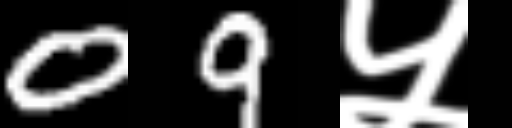
Text: 09५